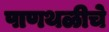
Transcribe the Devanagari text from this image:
पाणथळीचे